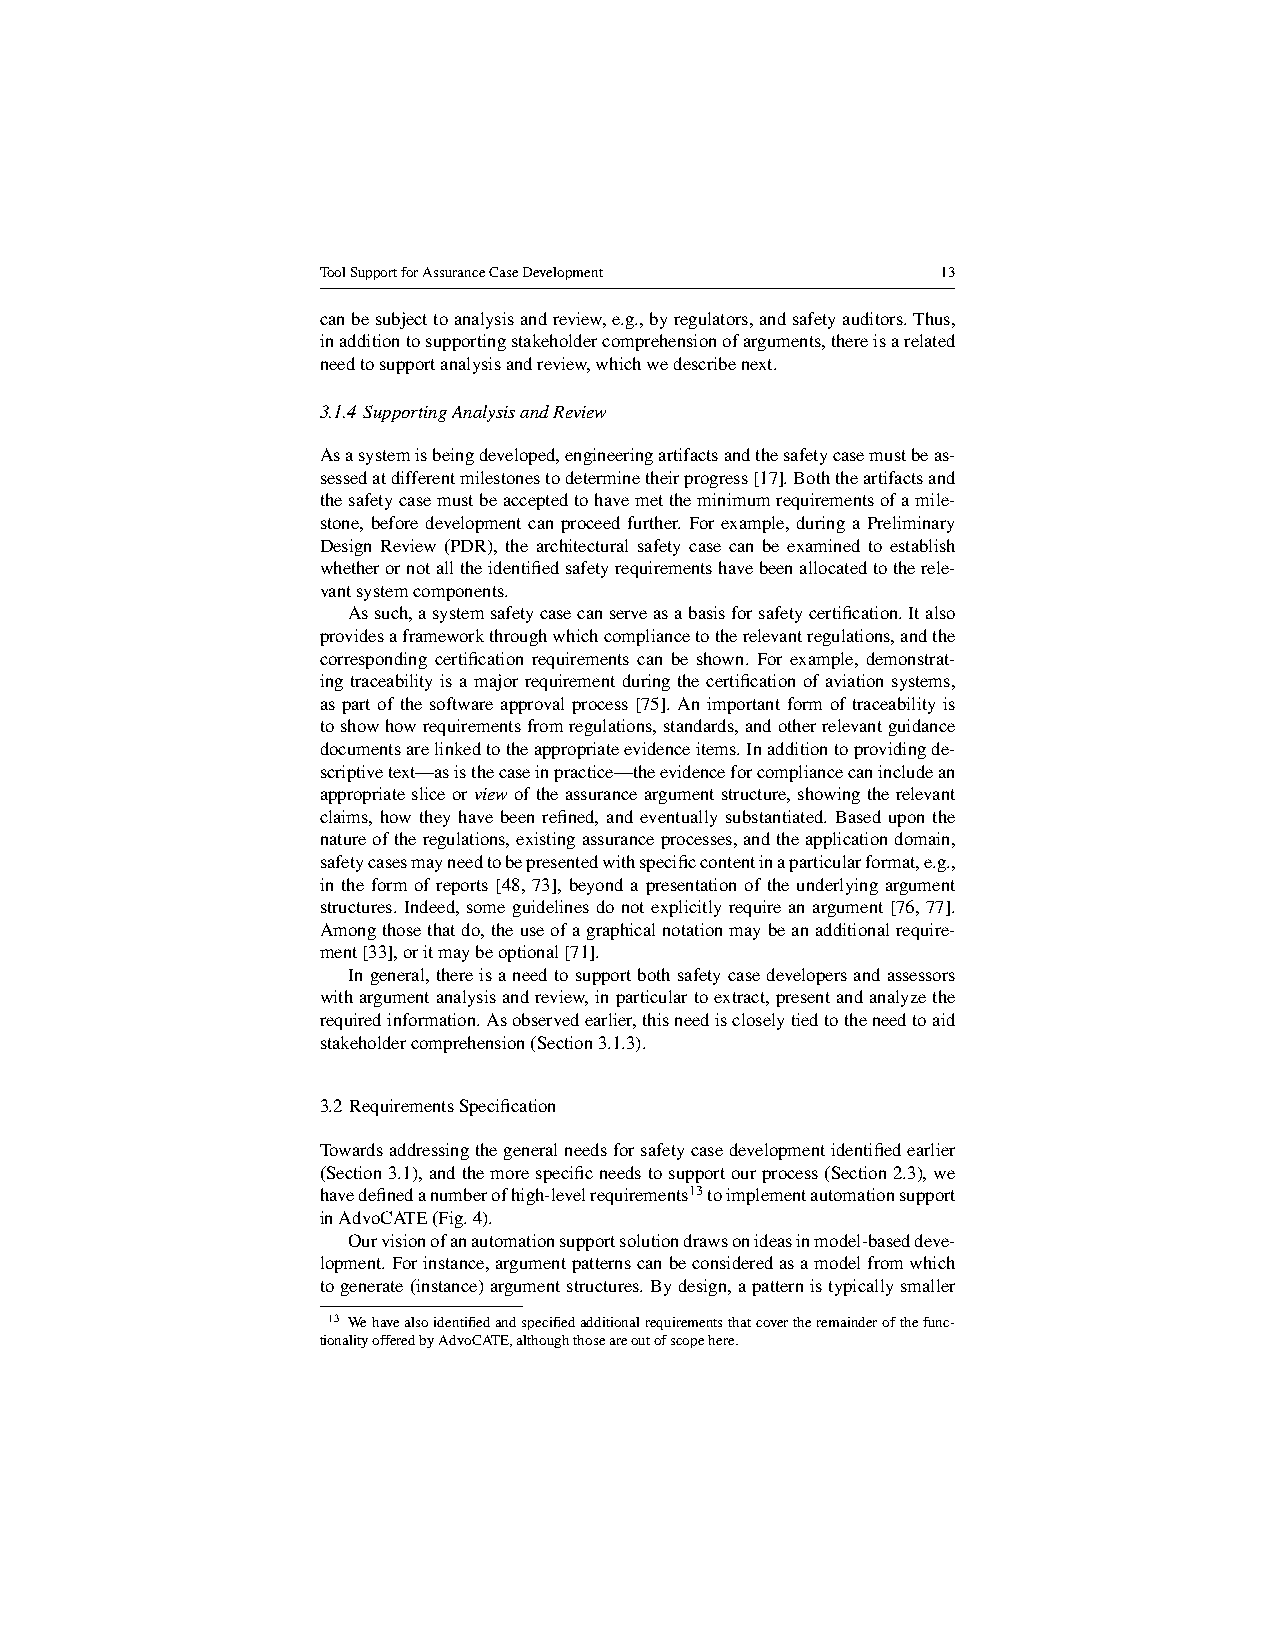
ToolSupportforAssuranceCaseDevelopment   13
 canbesubjecttoanalysisandreview,e.g.,byregulators,andsafetyauditors.Thus,
 inadditiontosupportingstakeholdercomprehensionofarguments,thereisarelated
 needtosupportanalysisandreview,whichwedescribenext.
 3.1.4 SupportingAnalysisandReview
 Asasystemisbeingdeveloped,engineeringartifactsandthesafetycasemustbeas-
 sessedatdifferentmilestonestodeterminetheirprogress[17].Boththeartifactsand
 thesafetycasemustbeacceptedtohavemettheminimumrequirementsofamile-
 stone, before development can proceed further. For example, during a Preliminary
 Design Review (PDR), the architectural safety case can be examined to establish
 whetherornotalltheidentifiedsafetyrequirementshavebeenallocatedtotherele-
 vantsystemcomponents.
 Assuch,asystemsafetycasecanserveasabasisforsafetycertification.Italso
 providesaframeworkthroughwhichcompliancetotherelevantregulations,andthe
 corresponding certification requirements can be shown. For example, demonstrat-
 ing traceability is a major requirement during the certification of aviation systems,
 as part of the software approval process [75]. An important form of traceability is
 toshowhowrequirementsfromregulations,standards,andotherrelevantguidance
 documentsarelinkedtotheappropriateevidenceitems.Inadditiontoprovidingde-
 scriptivetext—asisthecaseinpractice—theevidenceforcompliancecanincludean
 appropriatesliceorviewoftheassuranceargumentstructure,showingtherelevant
 claims, how they have been refined, and eventually substantiated. Based upon the
 natureoftheregulations,existingassuranceprocesses,andtheapplicationdomain,
 safetycasesmayneedtobepresentedwithspecificcontentinaparticularformat,e.g.,
 in the form of reports [48, 73], beyond a presentation of the underlying argument
 structures. Indeed, some guidelines do not explicitly require an argument [76, 77].
 Amongthosethatdo,theuseofagraphicalnotationmaybeanadditionalrequire-
 ment[33],oritmaybeoptional[71].
 Ingeneral,thereisaneedtosupportbothsafetycasedevelopersandassessors
 withargumentanalysisandreview,inparticulartoextract,presentandanalyzethe
 requiredinformation.Asobservedearlier,thisneediscloselytiedtotheneedtoaid
 stakeholdercomprehension(Section3.1.3).
 3.2 RequirementsSpecification
 Towardsaddressingthegeneralneedsforsafetycasedevelopmentidentifiedearlier
 (Section3.1),andthemorespecificneedstosupportourprocess(Section2.3),we
 havedefinedanumberofhigh-levelrequirements13toimplementautomationsupport
 inAdvoCATE(Fig.4).
 Ourvisionofanautomationsupportsolutiondrawsonideasinmodel-baseddeve-
 lopment.Forinstance,argumentpatternscanbeconsideredasamodelfromwhich
 togenerate(instance)argumentstructures.Bydesign,apatternistypicallysmaller
 13 Wehavealsoidentifiedandspecifiedadditionalrequirementsthatcovertheremainderofthefunc-
 tionalityofferedbyAdvoCATE,althoughthoseareoutofscopehere.